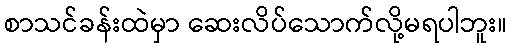
စာသင်ခန်းထဲမှာ ဆေးလိပ်သောက်လို့မရပါဘူး။